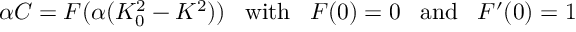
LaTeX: \alpha { \cal C } = { \cal F } ( \alpha ( K _ { 0 } ^ { 2 } - K ^ { 2 } ) ) \; \; \; \mathrm { w i t h } \; \; \; { \cal F } ( 0 ) = 0 \; \; \; \mathrm { a n d } \; \; \; { \cal F } ^ { \prime } ( 0 ) = 1